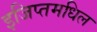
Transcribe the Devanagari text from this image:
इजिप्तमधिल